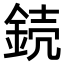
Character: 𨧣